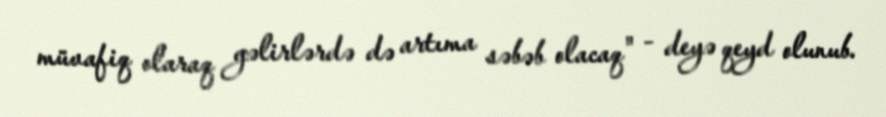
müvafiq olaraq gəlirlərdə də artıma səbəb olacaq" - deyə qeyd olunub.